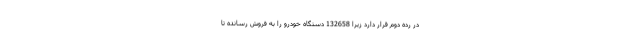
در رده دوم قرار دارد زیرا 132658 دستگاه خودرو را به فروش رسانده تا